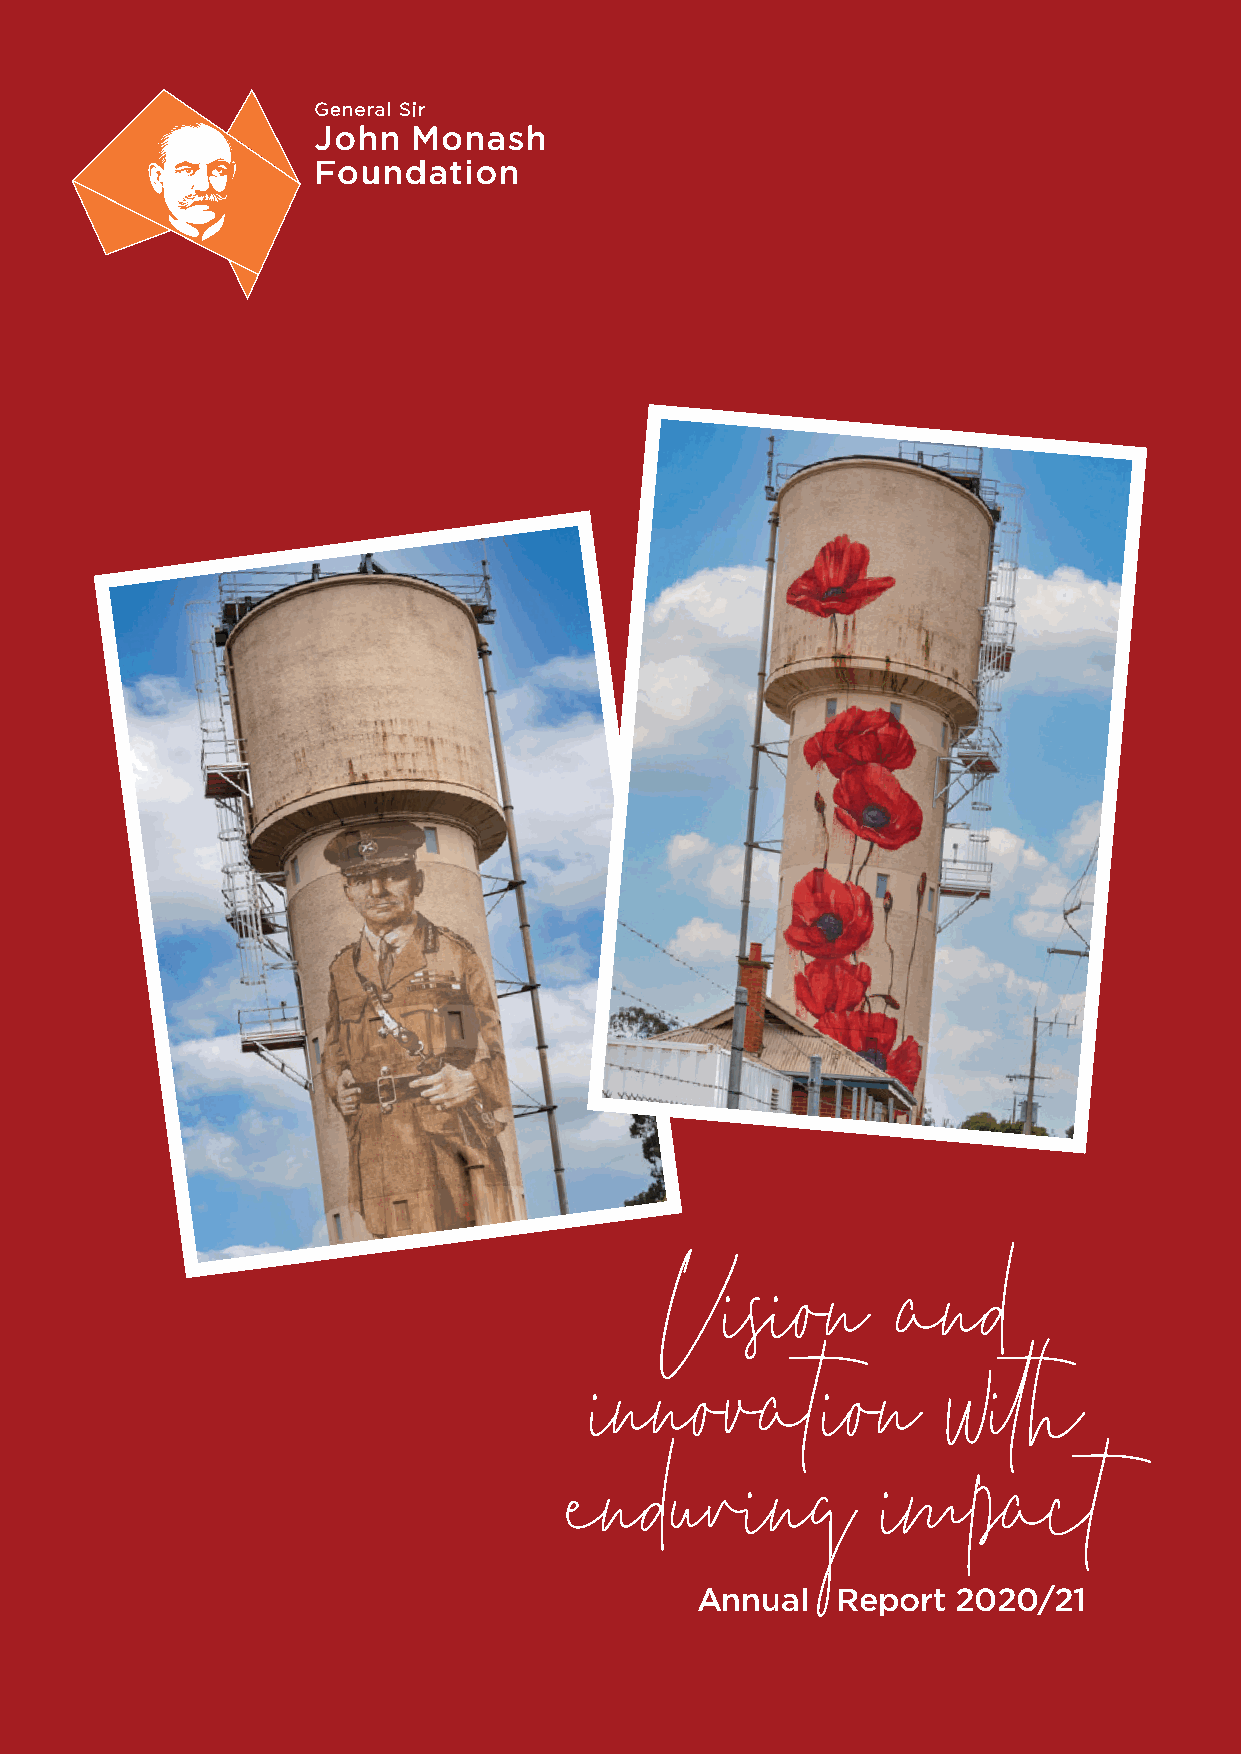
Vision         and
 innovation              with
 Annual   Report  2020/21
 enduring             impact